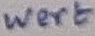
Text: Wert